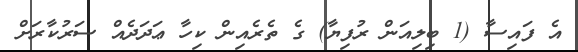
އެ ފައިސާ (1 ބިލިއަން ރުފިޔާ) ގެ ތެރެއިން ކިހާ ޢަދަދެއް ސަރުކާރަށް